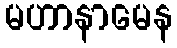
မဟာနာမေန